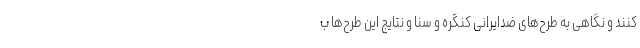
کنند و نگاهی به طرح‌های ضدایرانی کنگره و سنا و نتایج این طرح‌ها ب